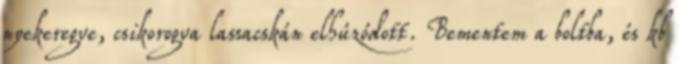
nyekeregve, csikorogva lassacskán elhúzódott. Bementem a boltba, és kb